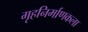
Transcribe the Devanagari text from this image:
गृहनिर्माणकला